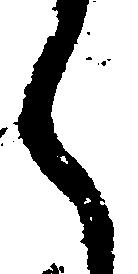
く